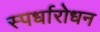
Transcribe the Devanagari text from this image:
स्पर्धारोधन